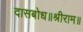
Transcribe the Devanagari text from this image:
दासबोध॥श्रीराम॥